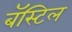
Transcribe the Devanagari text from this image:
बॅस्टिल